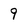
Character: 9